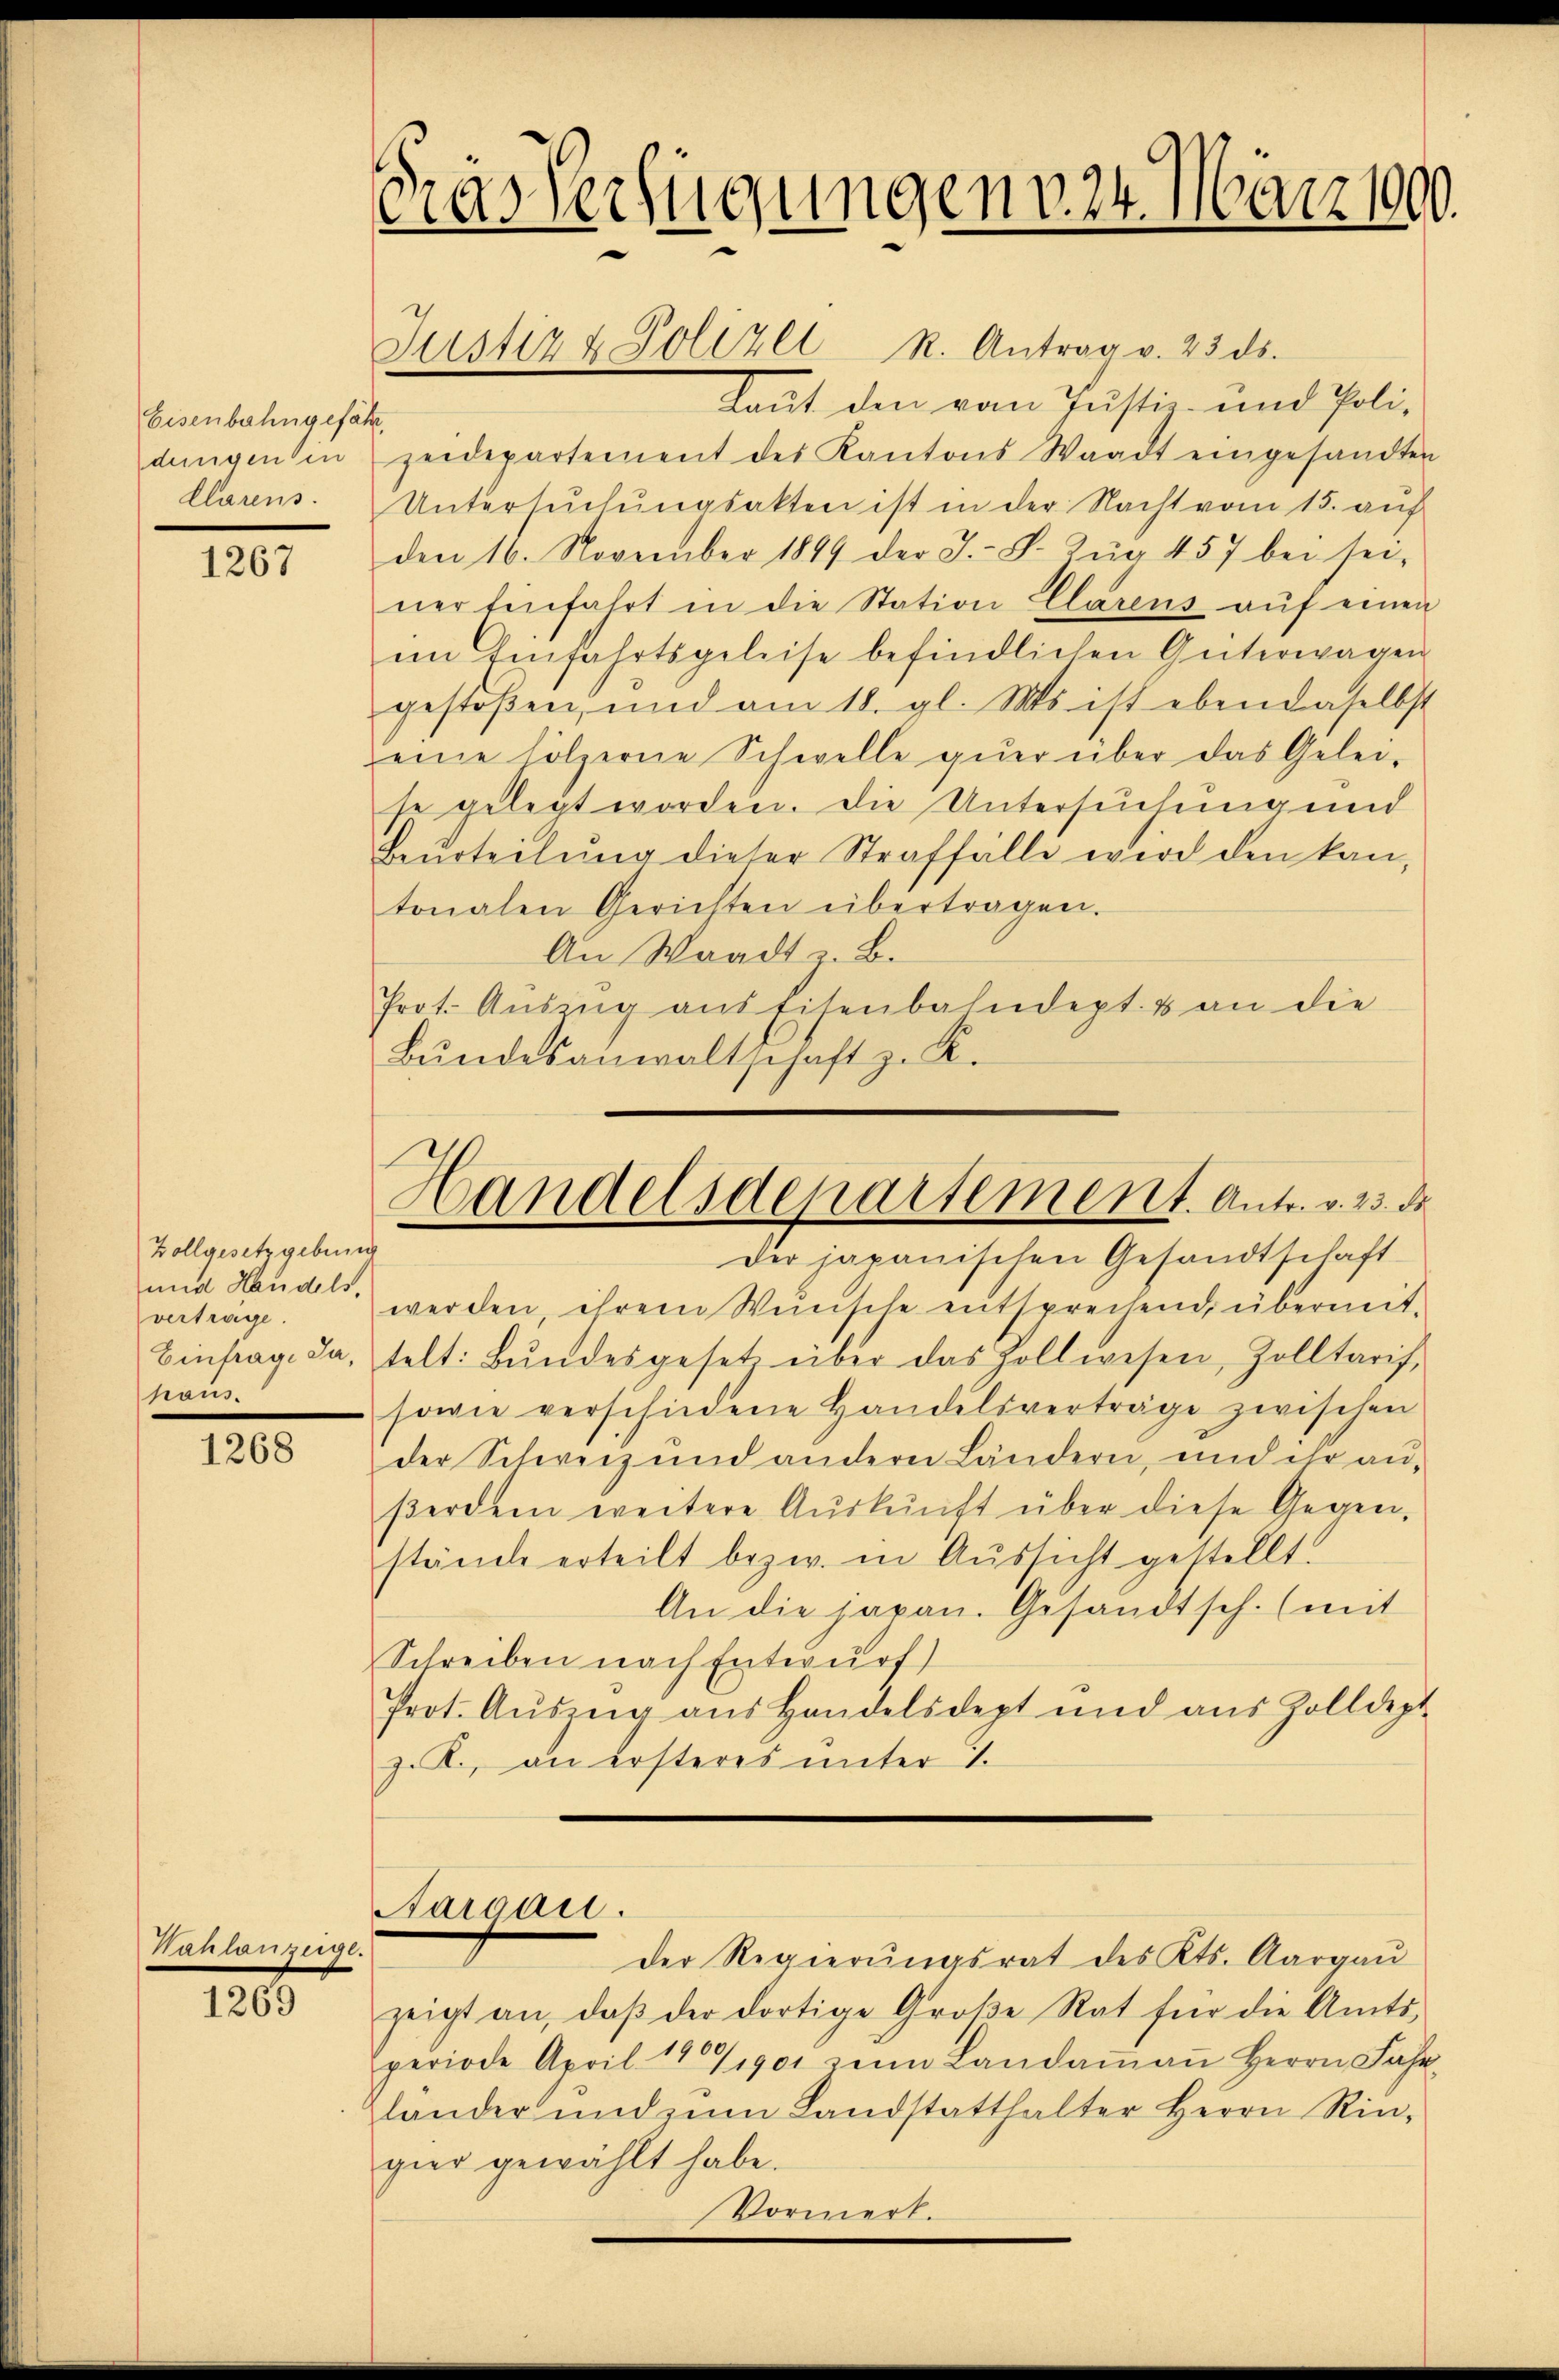
Eisenbahngefähr
dungen in
Clarens.

1267

Zollgesetzgebung
und Handels.
vertrage.
Einfrage Ja,
paus.

1268

Haulanzeige.

1269

Gras Verfügungen 24. März 1900.

Laut den vom Justiz- und Poli-
zeidepartement des Kantons Waadt eingesandten
Untersŭchŭngsakten ist in der Nacht vom 15. auf
den 16. November 1849 der J.-V. Zug 457 bei sei-
nertenfahrt in die Station Clarens aŭf einen
im Einfahrtsgeleise befindlichen Güterwagen
gestoßen, und am 18. gl. Ms. ist ebendaselbst
eine hölzerne Schwelle quer über das Gelei-
se gelegt worden. Die Untersuchung und
Beurteilung dieser Straffälle wird den kan,
tonalen Gerichten übertragen.
An Waadt u. B.
Prot. Auszug aus Eisenbahndept & an die
Bŭndesanwaltschaft z. K.

Justiz & Polizei R. Antrag v. 23 ds.

Handelsdepartement. Antr. v. 23. de

Aargau.

Der japanischen Gesandtschaft
werden, ihrem Wunsche entsprechend übermittelt: Bŭndesgesetz über das Zollwesen, Zolltaris,
sowie verschiedene Handelsverträge zwischen
der Schweiz und andern Ländern, und ihr au-
βerdem weitere Aŭskŭnft über diese Gegen-
stände erteilt bezw. in Aussicht gestellt.
An die japan. Gesandtsch. (mit
Schreiben nach Entwurf
Prot. Aŭszŭg aŭs Handelsdept und aŭs Zolldept
z.B. an ersteres unter 1.

der Regierŭngsrat des Kts. Aargaŭ
zeigt an, daβ der dortige Große Rat für die Amts-
periode April 1891901 zum Landaṁaṅ Herrn Fahr
gländer und zŭm Landstatthalter Herrn Rin-
gier gewählt habe.
Vormerk.